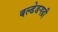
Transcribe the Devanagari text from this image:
बल्डेङगढी